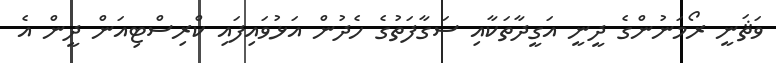
ވަޘަނީ ރޯމަނުންގެ ދީނީ އަގީދާތަކާއި ސަގާފަތުގެ ހެދުން އަޅުވައިފައި ކްރިސްޓިއަން ދީން އެ